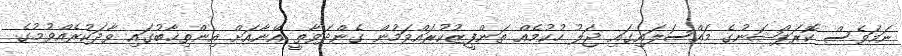
ނަމަވެސް ކޮރަޕްޝަނުގެ މައްސަލައިގައި ޖަލު ހުކުމެއް ތަންފީޒުކުރައްވަމުން ގެންދަވާތީ އޭނާއަށް އިންތިޚާބުގައި ވާދަކުރެއްވުމުގެ